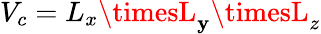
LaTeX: V_{c}=L_{x}\timesL_{\mathbf{y}}\timesL_{z}